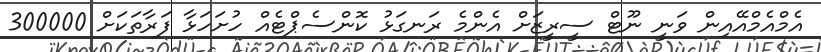
އެމްއެމްއޭއިން ވަނީ ނޫޓް ސީރީޒަށް އެންމެ ރަނގަޅު ކޮންސެޕްޓެއް ހުށަހަޅާ ފަރާތަކަށް 300000